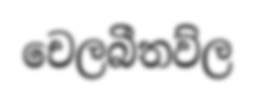
චෙලබීතව්ල